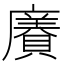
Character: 𧷫